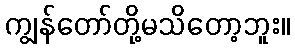
ကျွန်တော်တို့မသိတော့ဘူး။